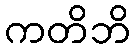
ကတိဘိ